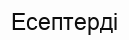
Есептерді